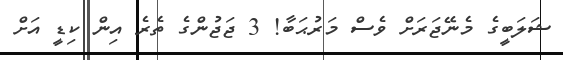
ޝަލަބީގެ މެނޭޖަރަށް ވެސް މަރުޙަބާ! 3 ޖަޖުންގެ ތެރެ އިން ކިޑީ އަށް